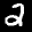
Label: 2